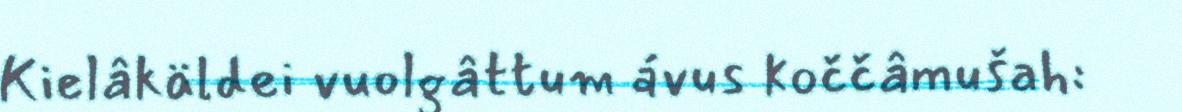
Kielâkäldei vuolgâttum ávus koččâmušah: